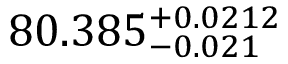
8 0 . 3 8 5 _ { - 0 . 0 2 1 } ^ { + 0 . 0 2 1 2 }